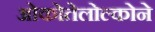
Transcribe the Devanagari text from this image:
ओकोतेलोल्कोने